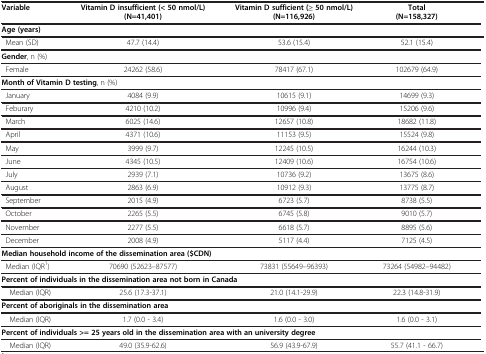
<table><thead><tr><td><b>Variable</b></td><td><b>Vitamin D insufficient (&lt; 50 nmol/L)</b></td><td><b>Vitamin D sufficient (≥ 50 nmol/L)</b></td><td><b>Total</b></td></tr><tr><td><b> </b></td><td><b>(N=41,401)</b></td><td><b>(N=116,926)</b></td><td><b>(N=158,327)</b></td></tr></thead><tbody><tr><td colspan="4"><b>Age (years)</b></td></tr><tr><td> Mean (SD)</td><td>47.7 (14.4)</td><td>53.6 (15.4)</td><td>52.1 (15.4)</td></tr><tr><td colspan="4"><b>Gender</b>, n (%)</td></tr><tr><td> Female</td><td>24262 (58.6)</td><td>78417 (67.1)</td><td>102679 (64.9)</td></tr><tr><td colspan="4"><b>Month of Vitamin D testing</b>, n (%)</td></tr><tr><td> January</td><td>4084 (9.9)</td><td>10615 (9.1)</td><td>14699 (9.3)</td></tr><tr><td> Feburary</td><td>4210 (10.2)</td><td>10996 (9.4)</td><td>15206 (9.6)</td></tr><tr><td> March</td><td>6025 (14.6)</td><td>12657 (10.8)</td><td>18682 (11.8)</td></tr><tr><td> April</td><td>4371 (10.6)</td><td>11153 (9.5)</td><td>15524 (9.8)</td></tr><tr><td> May</td><td>3999 (9.7)</td><td> </td><td>12245 (10.5)</td><td>16244 (10.3)</td></tr><tr><td> June</td><td>4345 (10.5)</td><td>12409 (10.6)</td><td>16754 (10.6)</td><td> </td></tr><tr><td> July</td><td>2939 (7.1)</td><td>10736 (9.2)</td><td>13675 (8.6)</td><td> </td></tr><tr><td> August</td><td>2863 (6.9)</td><td>10912 (9.3)</td><td>13775 (8.7)</td><td> </td></tr><tr><td> September</td><td>2015 (4.9)</td><td>6723 (5.7)</td><td>8738 (5.5)</td><td> </td></tr><tr><td> October</td><td>2265 (5.5)</td><td>6745 (5.8)</td><td>9010 (5.7)</td><td> </td></tr><tr><td> November</td><td>2277 (5.5)</td><td>6618 (5.7)</td><td>8895 (5.6)</td><td> </td></tr><tr><td> December</td><td>2008 (4.9)</td><td>5117 (4.4)</td><td>7125 (4.5)</td><td> </td></tr><tr><td colspan="4"><b>Median household income of the dissemination area ($CDN)</b></td><td> </td></tr><tr><td> Median (IQR<sup>1</sup>)</td><td>70690 (52623–87577)</td><td>73831 (55649–96393)</td><td>73264 (54982–94482)</td><td> </td></tr><tr><td colspan="4"><b>Percent of individuals in the dissemination area not born in Canada</b></td><td> </td></tr><tr><td> Median (IQR)</td><td>25.6 (17.3-37.1)</td><td>21.0 (14.1-29.9)</td><td>22.3 (14.8-31.9)</td><td> </td></tr><tr><td colspan="4"><b>Percent of aboriginals in the dissemination area</b></td><td> </td></tr><tr><td> Median (IQR)</td><td>1.7 (0.0 - 3.4)</td><td>1.6 (0.0 - 3.0)</td><td>1.6 (0.0 - 3.1)</td><td> </td></tr><tr><td colspan="4"><b>Percent of individuals &gt;= 25 years old in the dissemination area with an university degree</b></td><td> </td></tr><tr><td> Median (IQR)</td><td>49.0 (35.9-62.6)</td><td>56.9 (43.9-67.9)</td><td>55.7 (41.1 - 66.7)</td><td> </td></tr></tbody></table>